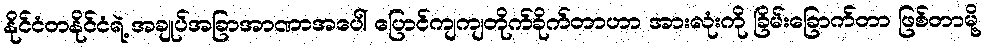
နိုင်ငံတနိုင်ငံရဲ့ အချုပ်အခြာအာဏာအပေါ် ပြောင်ကျကျတိုက်ခိုက်တာဟာ အားလုံးကို ခြိမ်းခြောက်တာ ဖြစ်တာမို့